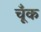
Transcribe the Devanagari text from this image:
चूँक